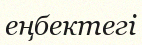
еңбектегі